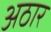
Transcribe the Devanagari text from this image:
अठार